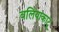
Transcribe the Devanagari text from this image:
वलियाकाटू